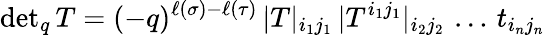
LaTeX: \mathrm{det}_{q}\, T=(-q)^{\ell(\sigma)-\ell(\tau)}\, |T|_{i_{1}j_{1}}\, |T^{i_{1}j_{1}}|_{i_{2}j_{2}}\, \ldots\, t_{i_{n}j_{n}}